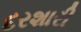
દરશારી